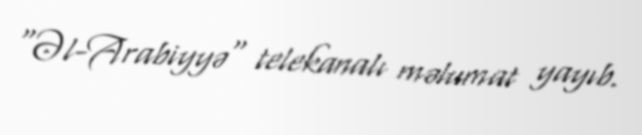
"Əl-Arabiyyə" telekanalı məlumat yayıb.